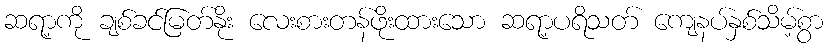
ဆရာ့ကို ချစ်ခင်မြတ်နိုး လေးစားတန်ဖိုးထားသော ဆရာ့ပရိသတ် ကျေနပ်နှစ်သိမ့်စွာ